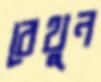
বেথুন